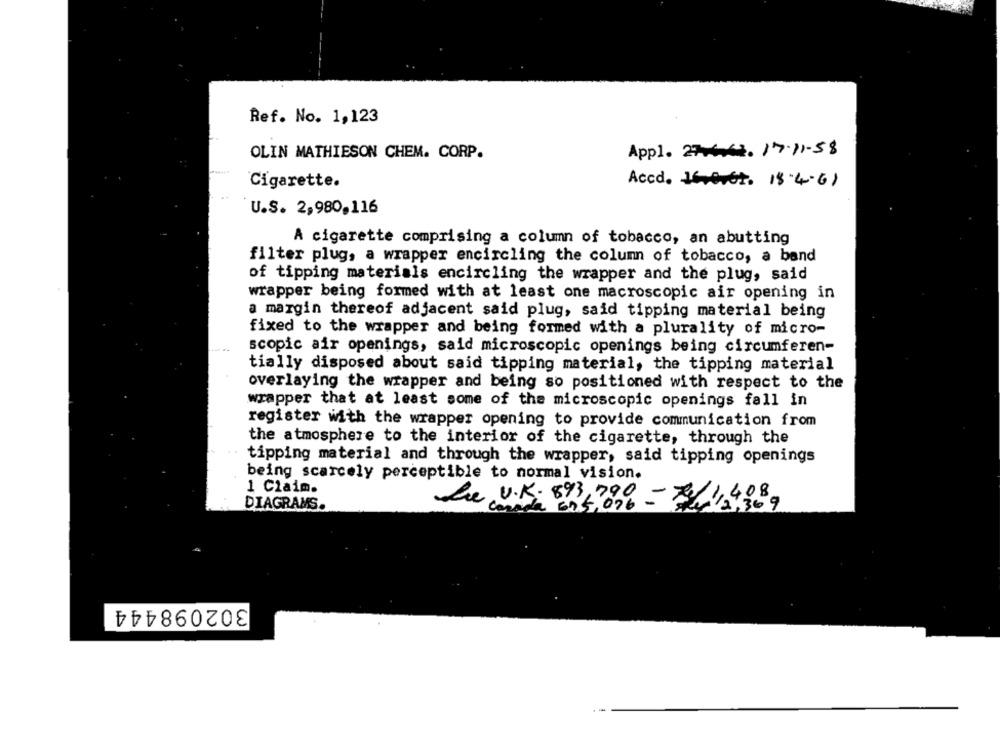
Ref. No. 1,123
OLIN MATHIESON CHEM. CORP.
Appl. 2763.17.11.58
Cigarette.
Accd. 16.0v6t. 18.4.61
U.S. 2,980,116
A cigarette comprising a column of tobacco, an abutting
filter plug, a wrapper encircling the column of tobacco, a band
of tipping materials encircling the wrapper and the plug, said
wrapper being formed with at least one macroscopic air opening in
a margin thereof adjacent said plug, said tipping material being
fixed to the wrapper and being formed with a plurality of micro-
scopic air openings, said microscopic openings being circumferen-
tially disposed about said tipping material, the tipping material
overlaying the wrapper and being so positioned with respect to the
wrapper that at least some of the microscopic openings fall in
register with the wrapper opening to provide communication from
the atmosphere to the interior of the cigarette, through the
tipping material and through the wrapper, said tipping openings
being scarcely perceptible to normal vision.
1 Claim.
Lue U.K. 893, 790
,000- 20 1,408,
DIAGRAMS.
302098444